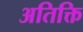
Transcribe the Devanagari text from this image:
अतिक्ति